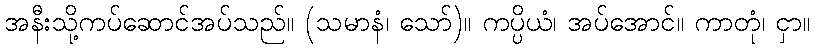
အနီးသို့ကပ်ဆောင်အပ်သည်။ (သမာနံ၊ သော်)။ ကပ္ပိယံ၊ အပ်အောင်။ ကာတုံ၊ ငှာ။